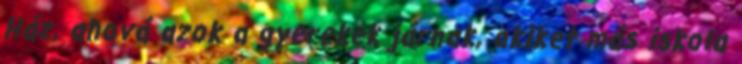
Ház, ahová azok a gyerekek járnak, akiket más iskola